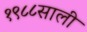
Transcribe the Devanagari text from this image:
१९८८साली